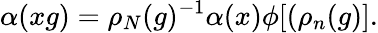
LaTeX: \alpha(xg)=\rho_{N}(g)^{-1}\alpha(x)\phi[(\rho_{n}(g)].